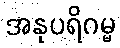
အနုပရိဂမ္မ